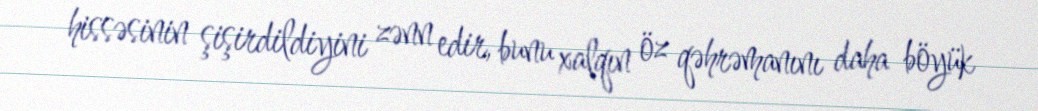
hissəsinin şişirdildiyini zənn edir, bunu xalqın öz qəhrəmanını daha böyük